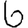
Digit: 6